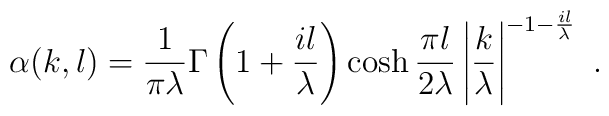
\alpha(k,l) =\frac{1}{\pi\lambda} \Gamma\left(1+\frac{il}{\lambda}\right)     \cosh\frac{\pi l}{2\lambda}\left\vert\frac{k}{\lambda}\right\vert     ^{-1-\frac{il}{\lambda}} \ .